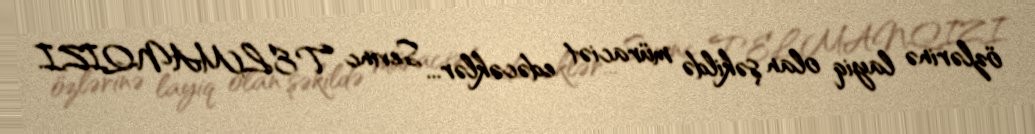
özlərinə layiq olan şəkildə müraciət edəcəklər... Sevinc TELMANQIZI.